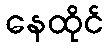
နေထိုင်